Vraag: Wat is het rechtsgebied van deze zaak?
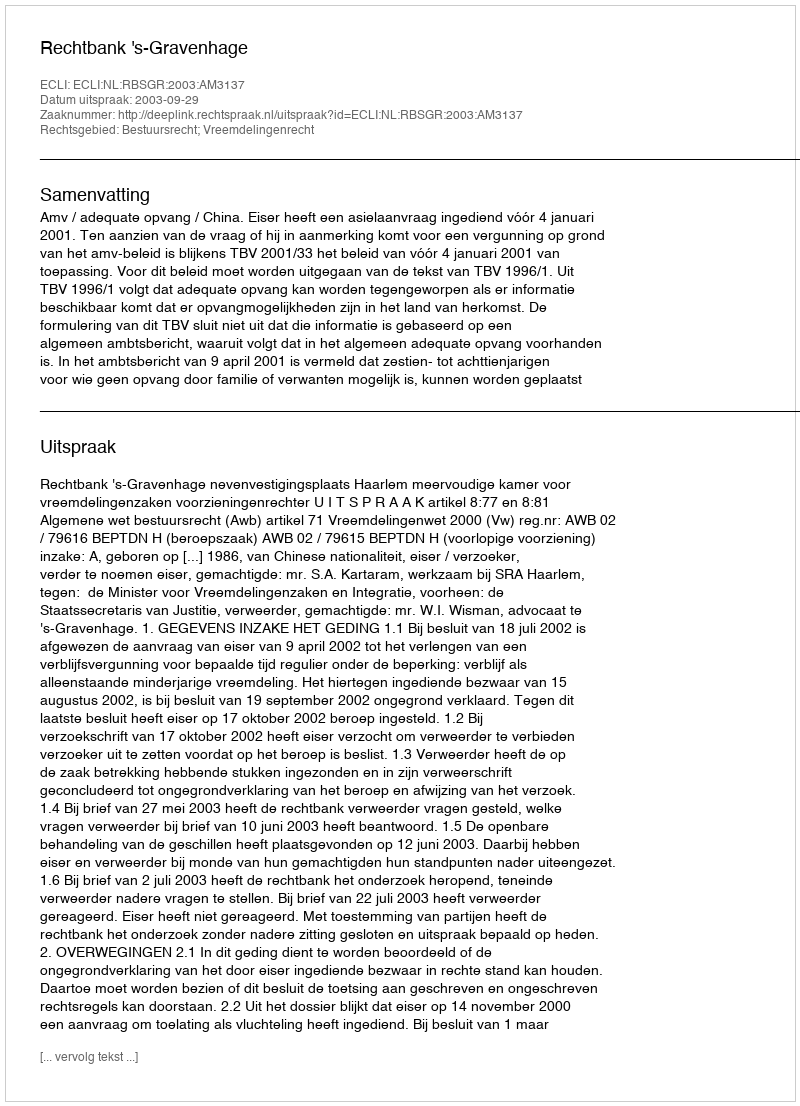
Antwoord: Bestuursrecht; Vreemdelingenrecht